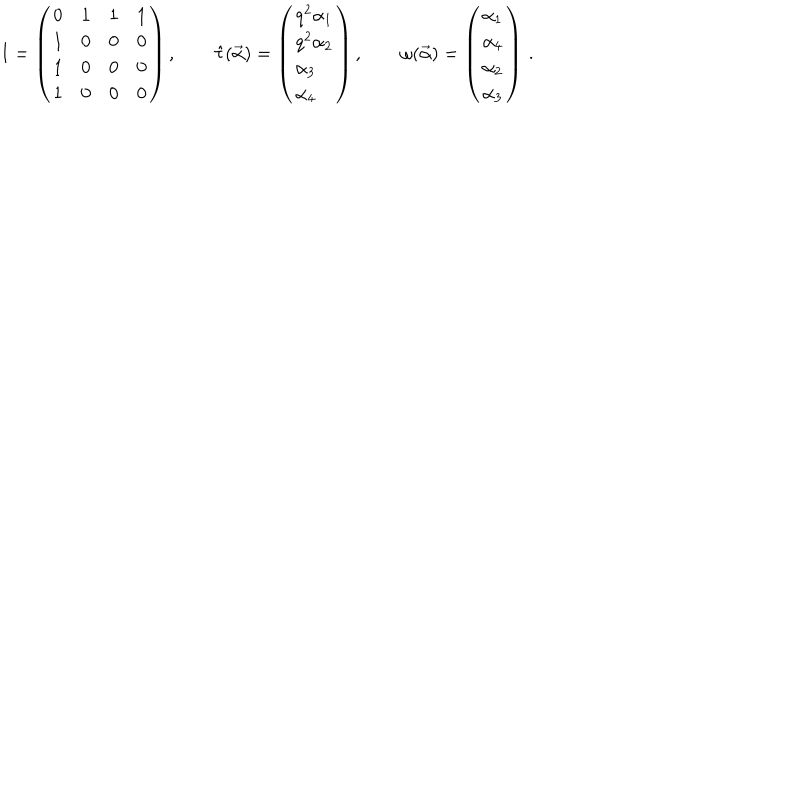
LaTeX: I = \left( \begin{array} { l l l l } { { 0 } } & { { 1 } } & { { 1 } } & { { 1 } } \\ { { 1 } } & { { 0 } } & { { 0 } } & { { 0 } } \\ { { 1 } } & { { 0 } } & { { 0 } } & { { 0 } } \\ { { 1 } } & { { 0 } } & { { 0 } } & { { 0 } } \\ \end{array} \right) , \quad \quad \hat { \tau } ( \vec { \alpha } ) = \left( \begin{array} { l } { { q ^ { 2 } \alpha _ { 1 } } } \\ { { q ^ { 2 } \alpha _ { 2 } } } \\ { { \alpha _ { 3 } } } \\ { { \alpha _ { 4 } } } \\ \end{array} \right) , \quad \quad \omega ( \vec { \alpha } ) = \left( \begin{array} { l } { { \alpha _ { 1 } } } \\ { { \alpha _ { 4 } } } \\ { { \alpha _ { 2 } } } \\ { { \alpha _ { 3 } } } \\ \end{array} \right) \, .